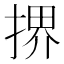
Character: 𫽜